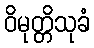
ဝိမုတ္တိသုခံ